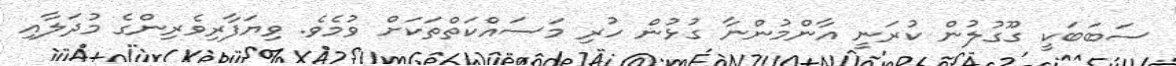
ސަބަބަކީ ގޫގުލުން ކުރަނީ އާންމުންނާ ގުޅުން ހުރި މަސައްކަތްތަކަށް ވުމެވެ. ވިޔަފާރިވެރިންގެ މުދަލާއި